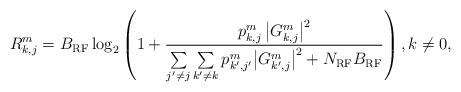
LaTeX: \begin{align*}R_{k,j}^m=B_{\rm RF} \log_2 \left( 1 + \frac{p_{k,j}^m \left|G_{k,j}^m\right|^2}{{\sum\limits_{j'\ne j} \sum\limits_{k'\ne {{k}}} {p_{k',j'}^{{m}} { {{ \left|G_{k',j}^m\right|^2 }} } } } + N_{\rm RF}B_{\rm RF} }\right), k\ne 0,\end{align*}